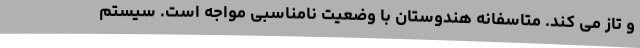
و تاز می کند. متاسفانه هندوستان با وضعیت نامناسبی مواجه است. سیستم